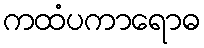
ကထံပကာရောဓ